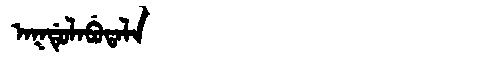
Manchu: ᠠᡴᡩᡠᠯᠠᠪᡠᡨᠠᠯᠠ
Romanization: AKDULABUTALA